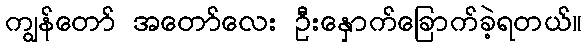
ကျွန်တော် အတော်လေး ဦးနှောက်ခြောက်ခဲ့ရတယ်။